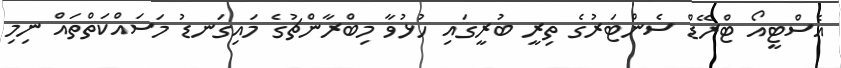
އެސްޓީއޯ ޓްރޭޑް ސެންޓަރުގެ ތިރީ ބުރީގައި ހުޅުވާ މިބްރާންޗުގެ މައިގަނޑު މަސައްކަތްތައް ނިމި